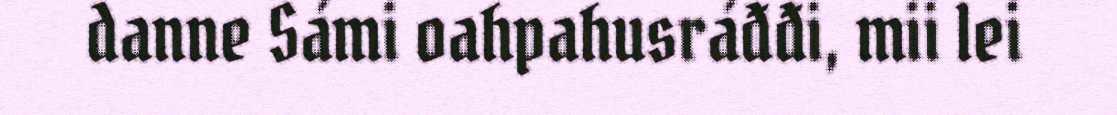
danne Sámi oahpahusráđđi, mii lei